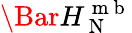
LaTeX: \Bar{H}_{\mathrm{~N~}}^{\mathrm{~m~b~}}